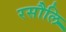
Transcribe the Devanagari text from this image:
रसौलि